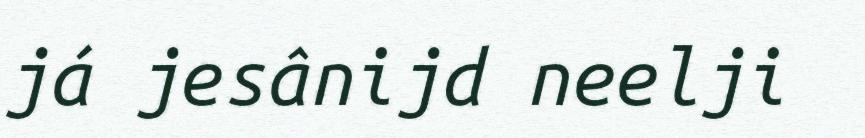
já jesânijd neelji